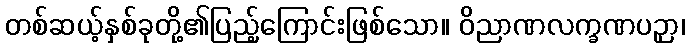
တစ်ဆယ့်နှစ်ခုတို့၏ပြည့်ကြောင်းဖြစ်သော။ ဝိညာဏလက္ခဏပဉှာ၊